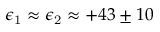
\epsilon _ { \mathrm { 1 } } \approx \epsilon _ { \mathrm { 2 } } \approx + 4 3 \pm 1 0